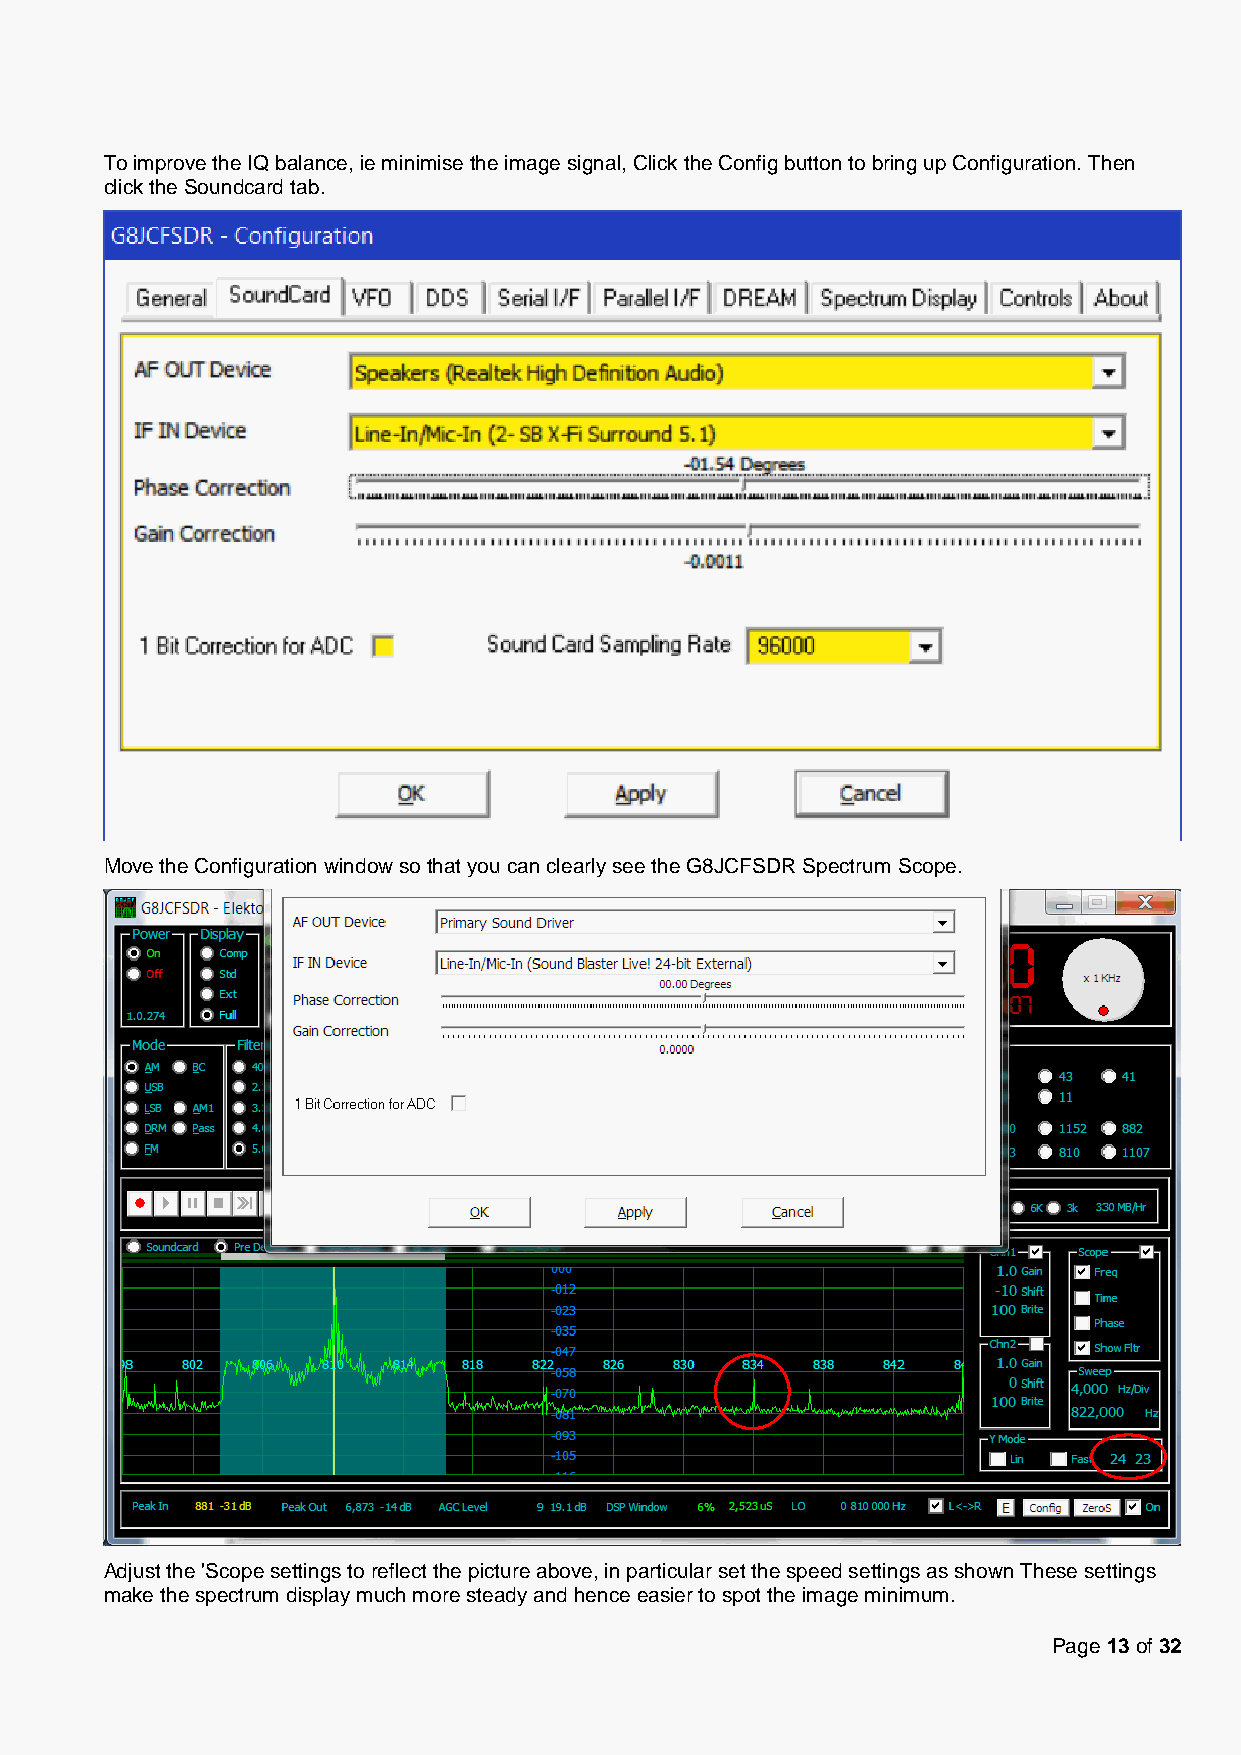
To improve the IQ balance, ie minimise the image signal, Click the Config button to bring up Configuration. Then
 click the Soundcard tab.
 Move the Configuration window so that you can clearly see the G8JCFSDR Spectrum Scope.
 Adjust the 'Scope settings to reflect the picture above, in particular set the speed settings as shown These settings
 make the spectrum display much more steady and hence easier to spot the image minimum.
 Page 13 of 32